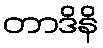
တာဒိနိ